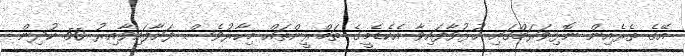
އޭގެ ތެރެއިން ނޮޅިވަރަމްގައި ހުޅުވާފައިވާ އެކެޑެމީގެ ތަމްރީންތައް މިހާރުވެސް ފަށާފައިވާއިރު 50 ކުދިން